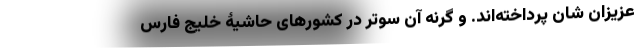
عزیزان شان پرداخته‌اند. و گرنه آن سوتر در کشورهای حاشیۀ خلیج فارس